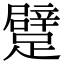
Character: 躄